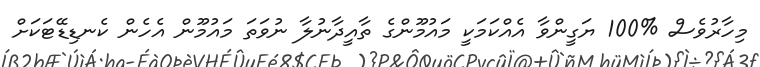
މިހާރުވެސް %100 ޔަގީންވާ އެއްކަމަކީ މައުމޫންގެ ތާއީދާނުލާ ނުވަތަ މައުމޫން އެހެން ކެނޑިޑޭޓަކަށް